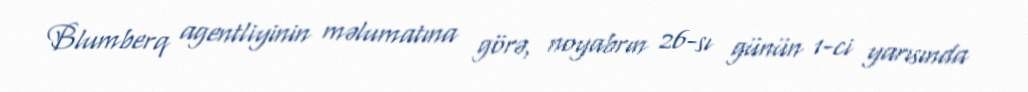
Blumberq agentliyinin məlumatına görə, noyabrın 26-sı günün 1-ci yarısında